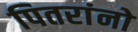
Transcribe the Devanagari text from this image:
पितरांनो